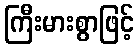
ကြီးမားစွာဖြင့်